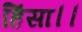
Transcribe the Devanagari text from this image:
हिंसा।।